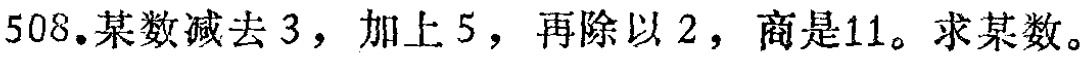
508. 某数减去 3，加上 5，再除以 2，商是11。求某数。